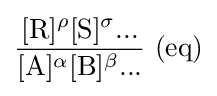
{\frac {[\mathrm {R} ]^{\rho }[\mathrm {S} ]^{\sigma }...}{[\mathrm {A} ]^{\alpha }[\mathrm {B} ]^{\beta }...}}\ {\text{(eq)}}